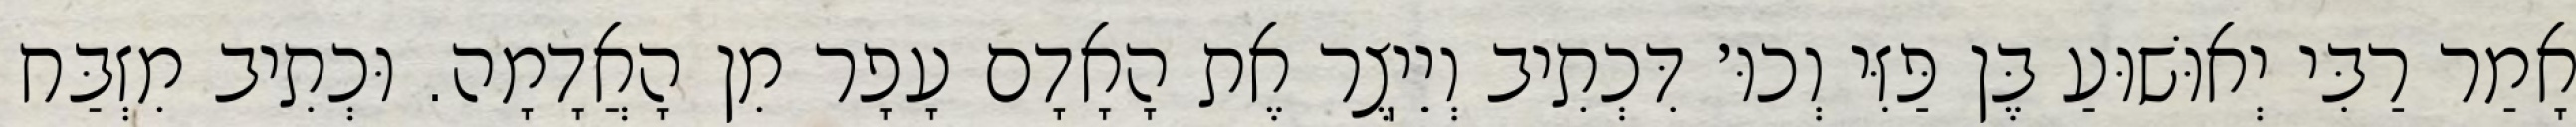
אָמַר רַבִּי יְאוּשׁוּעַ בֶּן פַּזִּי וְכוּ׳ דִּכְתִיב וְיֵיֽצֶר אֶת הָאָדָם עָפָר מִן הָאֲדָמָה. וּכְתִיב מִזְבַּח